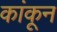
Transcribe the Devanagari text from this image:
कांकून